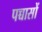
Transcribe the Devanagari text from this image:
पच्चासों